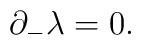
{\partial }_{-}{\lambda }=0.